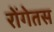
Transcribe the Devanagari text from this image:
रोंगेतस